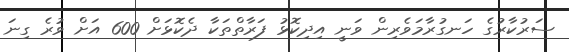
ސަރުކާރުގެ ހަނގުރާމަވެރިން ވަނީ އިދިކޮޅު ފަރާތްތަކާ ދެކޮޅަށް 600 އަށް ވުރެ ގިނަ